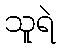
သူရဲ